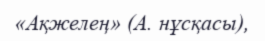
«Ақжелең» (А. нұсқасы),